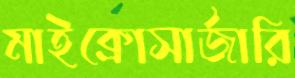
মাইক্রোসার্জারি